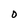
Character: F